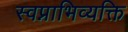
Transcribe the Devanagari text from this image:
स्वप्नाभिव्यक्ति